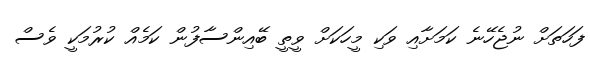
ފަހަތަށް ނުޖެހޭނެ ކަމަށާއި ވަކި މީހަކަށް ވީތީ ބޭއިންސާފުން ކަމެއް ކުރުމަކީ ވެސް